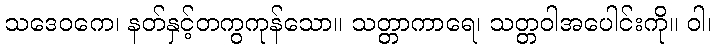
သဒေဝကေ၊ နတ်နှင့်တကွကုန်သော။ သတ္တာကာရေ၊ သတ္တဝါအပေါင်းကို။ ဝါ၊